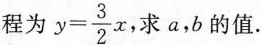
程为$$y= \frac{3}{2}x$$ ，求a，b的值.